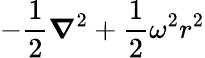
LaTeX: {-\frac{1}{2}\boldsymbol{\nabla}^{2}+\frac{1}{2}\omega^{2}r^{2}}